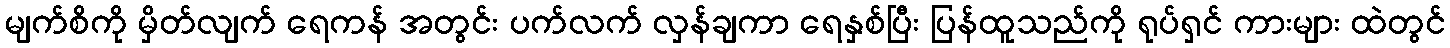
မျက်စိကို မှိတ်လျက် ရေကန် အတွင်း ပက်လက် လှန်ချကာ ရေနှစ်ပြီး ပြန်ထူသည်ကို ရုပ်ရှင် ကားများ ထဲတွင်